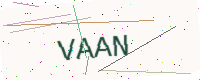
Text: VAAN